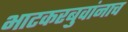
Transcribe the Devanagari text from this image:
भाटकरबुवांनाच